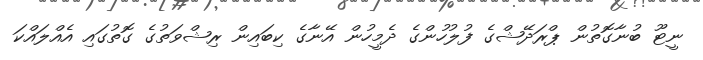
ނީޓޫ ބުނާގޮތުން ޕްރަދޭޝްގެ ފުލުހުންގެ ދެމީހުން އޭނާގެ ކިބައިން ރިޝްވަތުގެ ގޮތުގައި އެއްލައްކަ